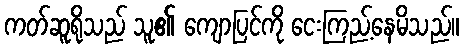
ကတ်ဆူရိုသည် သူ၏ ကျောပြင်ကို ငေးကြည့်နေမိသည်။